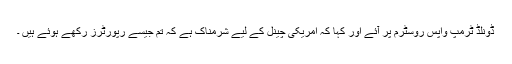
ڈونلڈ ٹرمپ واپس روسٹرم پر آئے اور کہا کہ امریکی چینل کے لیے شرمناک ہے کہ تم جیسے رپورٹرز رکھے ہوئے ہیں ۔